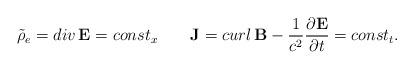
LaTeX: \begin{align*}\tilde\rho_e = div \, {\bf E} = const_x \qquad {\bf J} = curl \, {\bf B} -{1\over c^2} {\partial {\bf E} \over \partial t} = const_t .\end{align*}